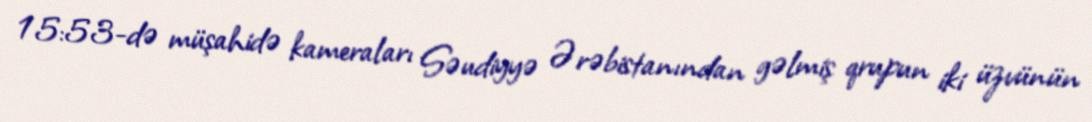
15:53-də müşahidə kameraları Səudiyyə Ərəbistanından gəlmiş qrupun iki üzvünün